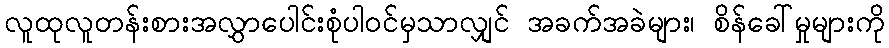
လူထုလူတန်းစားအလွှာပေါင်းစုံပါဝင်မှသာလျှင် အခက်အခဲများ၊ စိန်ခေါ်မှုများကို